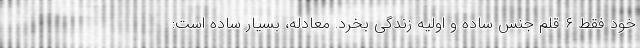
خود فقط ۶ قلم جنس ساده و اولیه زندگی بخرد. معادله، بسیار ساده است: